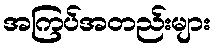
အကြပ်အတည်းများ